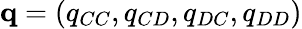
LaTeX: \mathbf{q}=(q_{CC},q_{CD},q_{DC},q_{DD})